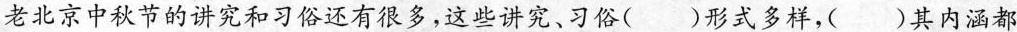
老北京中秋节的讲究和习俗还有很多，这些讲究、习俗()形式多样，()其内涵都